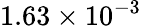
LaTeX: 1.63\times 10^{-3}